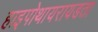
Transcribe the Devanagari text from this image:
हाइपोथायरायडता